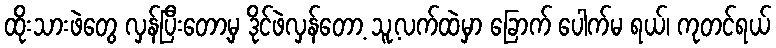
ထိုးသားဖဲတွေ လှန်ပြီးတော့မှ ဒိုင်ဖဲလှန်တော့ သူ့လက်ထဲမှာ ခြောက် ပေါက်မ ရယ်၊ ကုတင်ရယ်